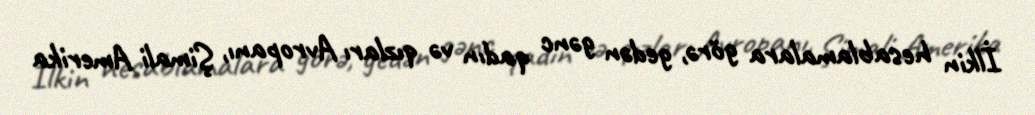
İlkin hesablamalara görə, gedən gənc qadın və qızları Avropanı, Şimali Amerika